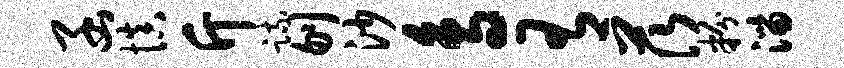
函慎斤疏刎沙鸟有茨粉淄